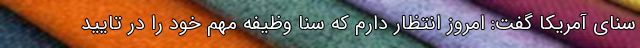
سنای آمریکا گفت: امروز انتظار دارم که سنا وظیفه مهم خود را در تایید